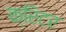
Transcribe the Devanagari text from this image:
क्रिटर